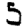
Digit: 5